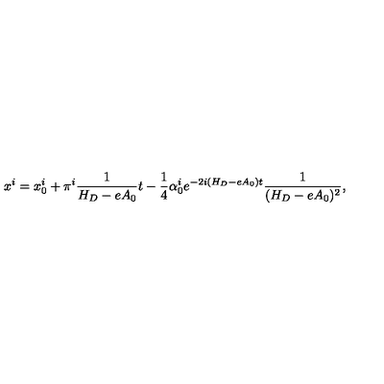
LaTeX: x ^ { i } = x _ { 0 } ^ { i } + \pi ^ { i } \frac 1 { H _ { D } - e A _ { 0 } } t - \frac 1 4 \alpha _ { 0 } ^ { i } e ^ { - 2 i ( H _ { D } - e A _ { 0 } ) t } \frac 1 { ( H _ { D } - e A _ { 0 } ) ^ { 2 } } ,